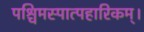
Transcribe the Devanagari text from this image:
पश्चिमस्पात्पहारिकम्।